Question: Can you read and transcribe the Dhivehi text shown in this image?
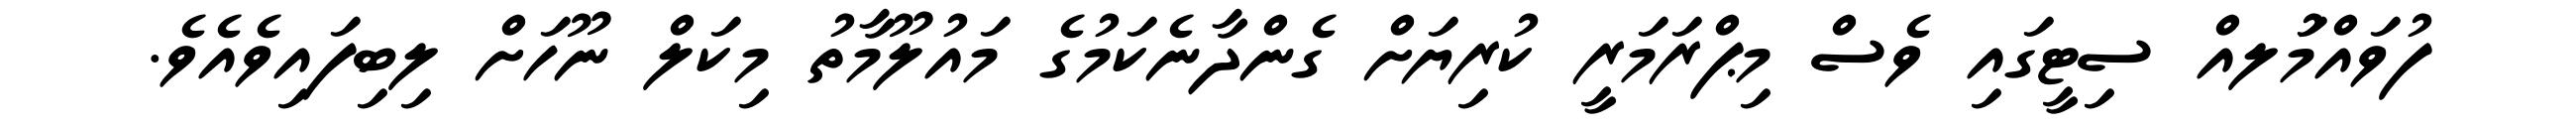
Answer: ފުވައްމުަލއް ސިޓީގައި ވެސް މިޕްރަމަރީ ކުރިޔަށް ގެންދާނެކަމުގެ މައުލޫމާތު މިކަލް ނޫހަށް ލިބިފައިވެއެވެ.